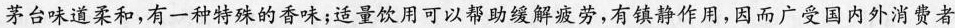
茅台味道柔和，有一种特殊的香味；适量饮用可以帮助缓解疲劳，有镇静作用，因而广受国内外消费者